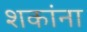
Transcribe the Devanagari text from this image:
शकांना